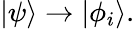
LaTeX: |\psi\rangle\rightarrow|\phi_{i}\rangle.